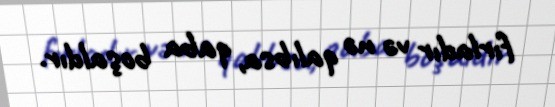
fırladır və nə qalıbsa, qaba boşaldır.